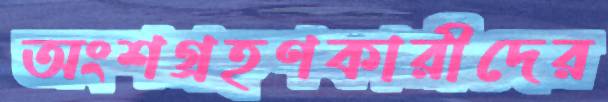
অংশগ্রহণকারীদের